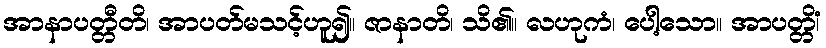
အာနာပတ္တီတိ၊ အာပတ်မသင့်ဟူ၍။ ဇာနာတိ၊ သိ၏။ လဟုကံ၊ ပေါ့သော။ အာပတ္တိံ၊